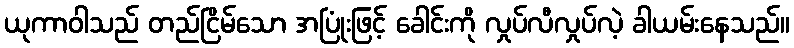
ယုကာဝါသည် တည်ငြိမ်သော အပြုံးဖြင့် ခေါင်းကို လှုပ်လီလှုပ်လဲ့ ခါယမ်းနေသည်။